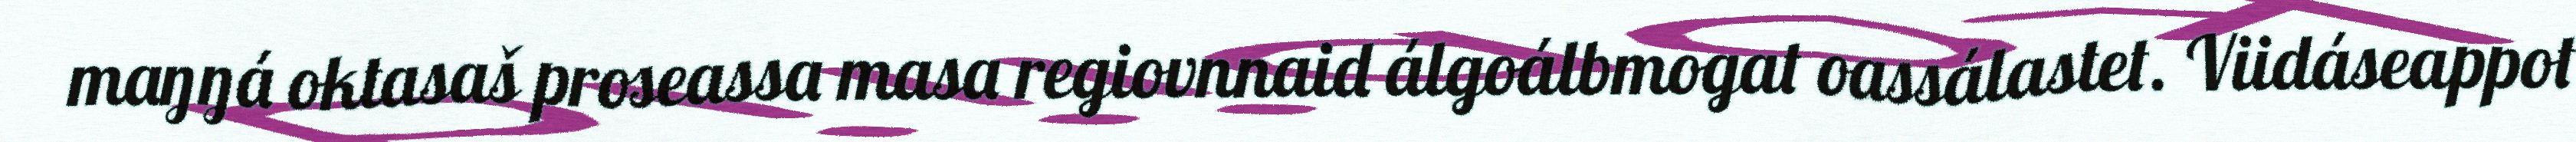
maŋŋá oktasaš proseassa masa regiovnnaid álgoálbmogat oassálastet. Viidáseappot